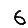
Digit: 6